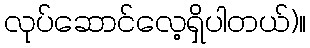
လုပ်ဆောင်လေ့ရှိပါတယ်)။